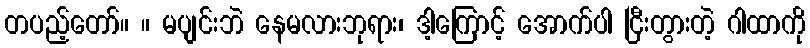
တပည့်တော်။ ။ မပျင်းဘဲ နေမလားဘုရား၊ ဒါ့ကြောင့် အောက်ပါ ငြီးတွားတဲ့ ဂါထာကို